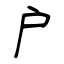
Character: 户